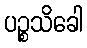
ပဉ္စသိခေါ